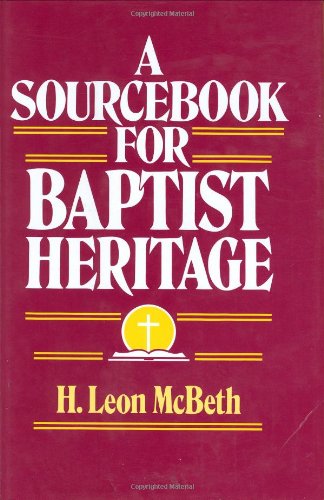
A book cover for A Sourcebook for Baptist Heritage; H. Leon McBeth; Christian Books & Bibles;